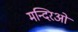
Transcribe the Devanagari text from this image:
मन्दिरओं